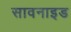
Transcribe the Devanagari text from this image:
सावनाइड